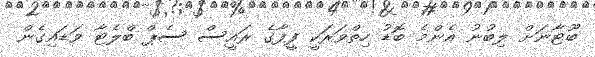
ބޫޓާނަށް ލިބުނު އެންމެ ބޮޑު ހިތްވަރަކީ ފީފާގެ ރައީސް ސެޕް ބްލެޓާ ވަޑައިގެން